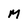
Character: M